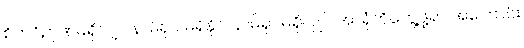
စိတ်ဝိဉာဏ်မရှိလျှင် နာမ်ရုပ် မရှိနိုင်၊ နာမ်ရုပ်မရှိလျှင် အာရုံကိုတွေ့ဖို့ရာ အကြောင်း